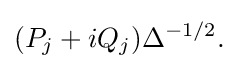
{(P_{j}+iQ_{j})\Delta ^{-1/2}.}